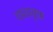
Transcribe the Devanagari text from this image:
गाथावृक्त